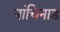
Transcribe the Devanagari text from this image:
नांचिनाड